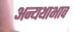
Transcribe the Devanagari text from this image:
अन्यथाभाव